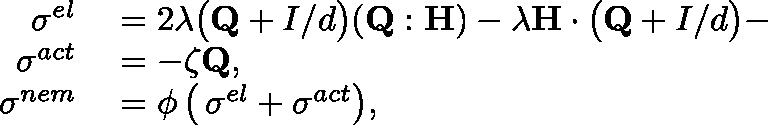
\begin{array} { r l } { \allowdisplaybreaks \mathbf { \sigma } ^ { e l } } & { { } = 2 \lambda \big ( \mathbf { Q } + \mathbb { I } / d \big ) ( \mathbf { Q : H } ) - \lambda \mathbf { H } \cdot \big ( \mathbf { Q } + \mathbb { I } / d \big ) - } \\ { \mathbf { \sigma } ^ { a c t } } & { { } = - \zeta \mathbf { Q } , } \\ { \mathbf { \sigma } ^ { n e m } } & { { } = \phi \, \big ( \, \mathbf { \sigma } ^ { e l } + \mathbf { \sigma } ^ { a c t } \big ) , } \end{array}